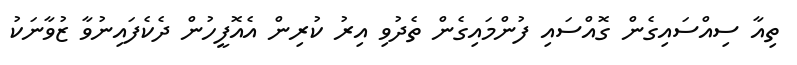
ތިއާ ސިއްސައިގެން ގޮއްސައި ފުންމައިގެން ތެދުވި އިރު ކުރިން އެއޮފީހުން ދެކެފައިނުވާ ޒުވާނަކު